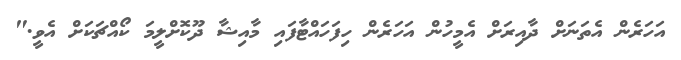
އަހަރެން އެތަނަށް ދާއިރަށް އެމީހުން އަހަރެން ހިފަހައްޓާފައި މާއިޝާ ދޫކޮށްލީމަ ކޯއްޗަކަށް އެވީ."